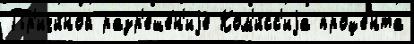
Пр'ичи́ной разр'еше́н'иjе Ком'и́сс'иjа проце́нта